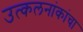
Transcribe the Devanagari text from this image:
उत्कलनांकांचा